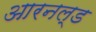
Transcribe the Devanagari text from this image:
आरनल्‍ड